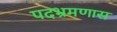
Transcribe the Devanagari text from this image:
पदभ्रमणास